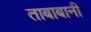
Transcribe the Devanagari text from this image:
ताबाबानी